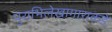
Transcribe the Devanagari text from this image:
पुराभिलेखागाराकडे